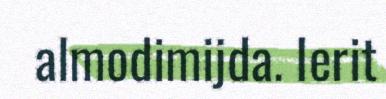
almodimijda. Ierit